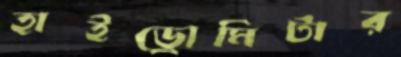
হাইড্রোমিটার